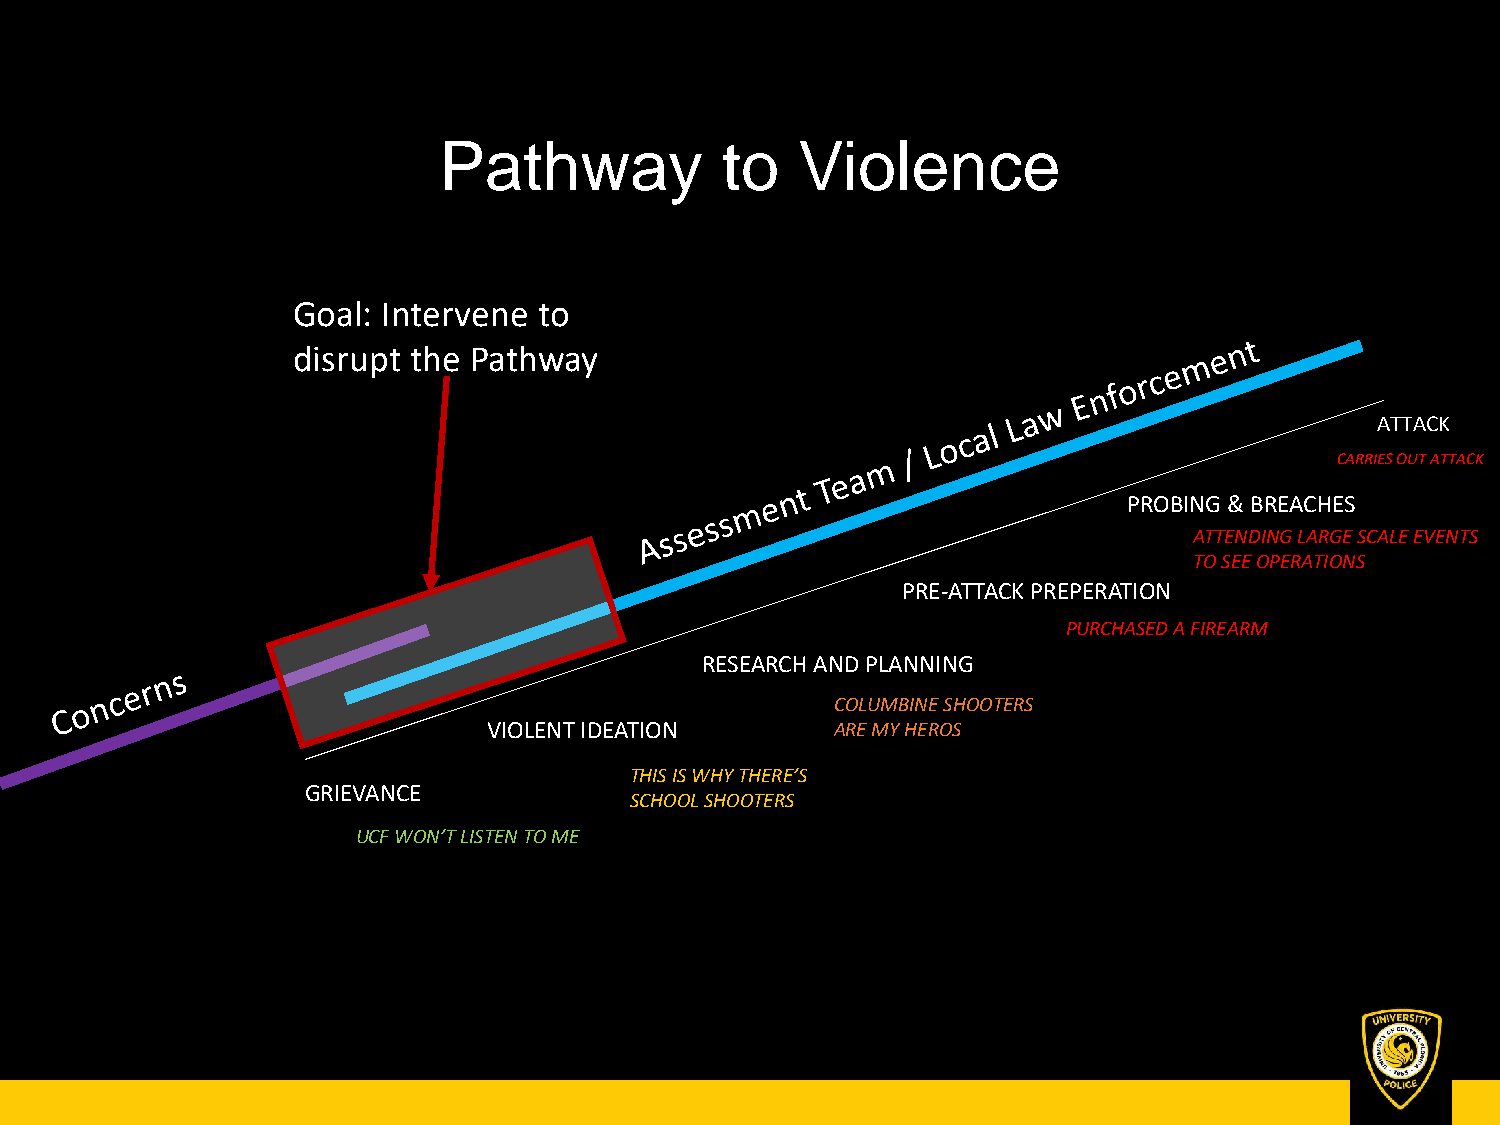
Pathway            to   Violence
 Goal: Intervene  to
 disrupt the Pathway
 ATTACK
 CARRIES OUT ATTACK
 PROBING & BREACHES
 ATTENDING LARGE SCALE EVENTS
 TO SEE OPERATIONS
 PRE-ATTACK PREPERATION
 PURCHASED A FIREARM
 RESEARCH AND PLANNING
 COLUMBINE SHOOTERS
 VIOLENT IDEATION       ARE MY HEROS
 THIS IS WHY THERE’S
 GRIEVANCE
 SCHOOL SHOOTERS
 UCF WON’T LISTEN TO ME